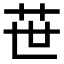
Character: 𦭓